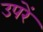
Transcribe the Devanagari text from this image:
उपरें